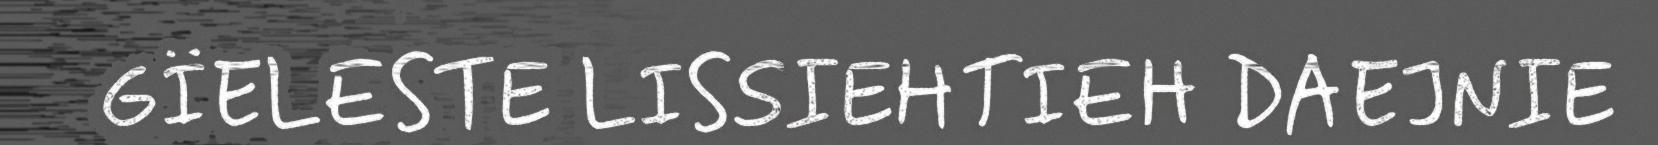
GÏELESTE LISSIEHTIEH DAEJNIE